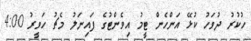
ހުކުރު ދުވަހު ކުޅޭ އަންހެން ޓީމު އިވެންޓުގެ ފައިނަލު މެޗު ހަވީރު 4:00